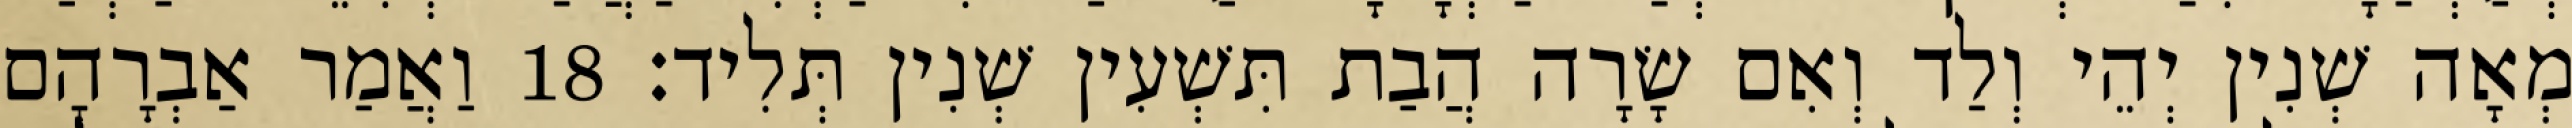
מְאָה שְׁנִין יְהֵי וְלַד וְאִם שָׂרָה הֲבַת תִּשְׁעִין שְׁנִין תְּלִיד׃ 18 וַאֲמַר אַבְרָהָם